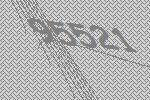
95521